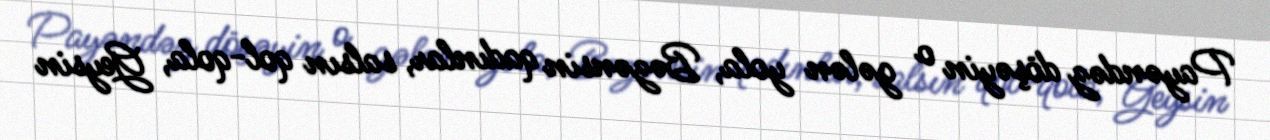
Payəndəz döşəyin o gələn yola, Bəzənsin qadınlar, salsın qol-qola, Geysin